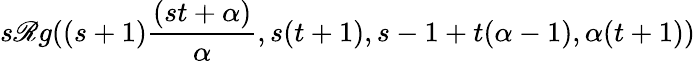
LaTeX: s\mathscr{R}g((s+1){\frac{{(st+\alpha)}}{{\alpha}}},s(t+1),s-1+t(\alpha-1),\alpha(t+1))